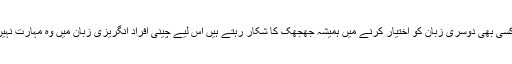
اسی حوالے سے ایک جہت یہ بھی قابلِ غور ہے کہ چونکہ چینی من حیث القوم اپنی زبان کے مقابلے کسی بھی دوسری زبان کو اختیار کرنے میں ہمیشہ جھجھک کا شکار رہتے ہیں اس لیے چینی افراد انگریزی زبان میں وہ مہارت نہیں رکھتے، جیسی کہ عام طورپر عالمی سطح پر اپنے رابطے استوار کرنے کے لیئے درکار ہوتی ہے۔